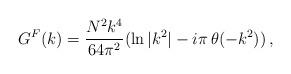
LaTeX: \begin{align*}G^F (k) = {N^2 k^4\over 64 \pi^2} (\ln{|k^2|} - i\pi\, \theta (-k^2))\,,\end{align*}